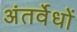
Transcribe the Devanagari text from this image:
अंतर्वेधों